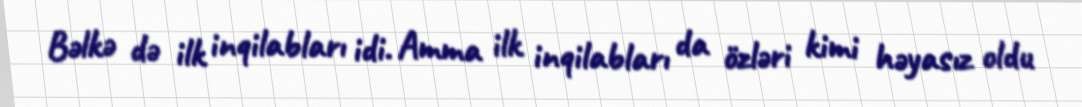
Bəlkə də ilk inqilabları idi. Amma ilk inqilabları da özləri kimi həyasız oldu